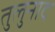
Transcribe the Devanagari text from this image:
तुलुनाद